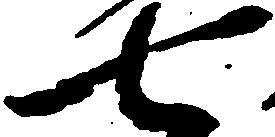
七